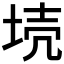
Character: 𡋼